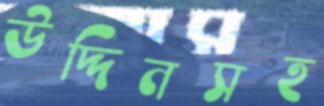
উদ্দিনসহ